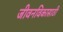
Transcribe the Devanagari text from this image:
जीवनविकासाठी